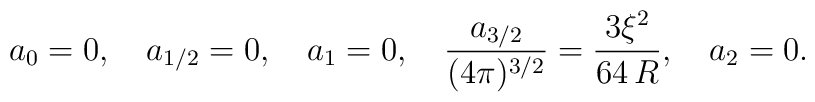
a_0=0, \quad a_{1/2}=0,\quad a_{1}=0,\quad \frac{a_{3/2}}{(4\pi)^{3/2}}=\frac{3\xi^2}{64\,R}, \quad a_2=0.